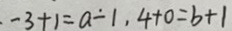
- 3 + 1 = a - 1 , 4 + 0 = b + 1